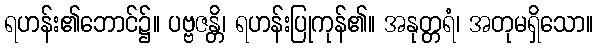
ရဟန်း၏ဘောင်၌။ ပဗ္ဗဇန္တိ၊ ရဟန်းပြုကုန်၏။ အနုတ္တရံ၊ အတုမရှိသော။